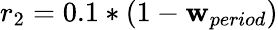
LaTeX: {r_{2}}=0.1*(1-{\mathbf{w}_{period}})